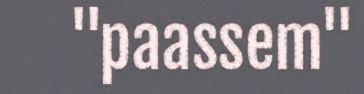
"paassem"